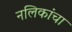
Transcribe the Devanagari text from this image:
नलिकांचा